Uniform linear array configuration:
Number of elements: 8
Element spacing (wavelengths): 1
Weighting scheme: binomial
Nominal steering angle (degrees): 15
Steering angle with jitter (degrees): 13.574
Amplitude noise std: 0.05
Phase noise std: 0.05

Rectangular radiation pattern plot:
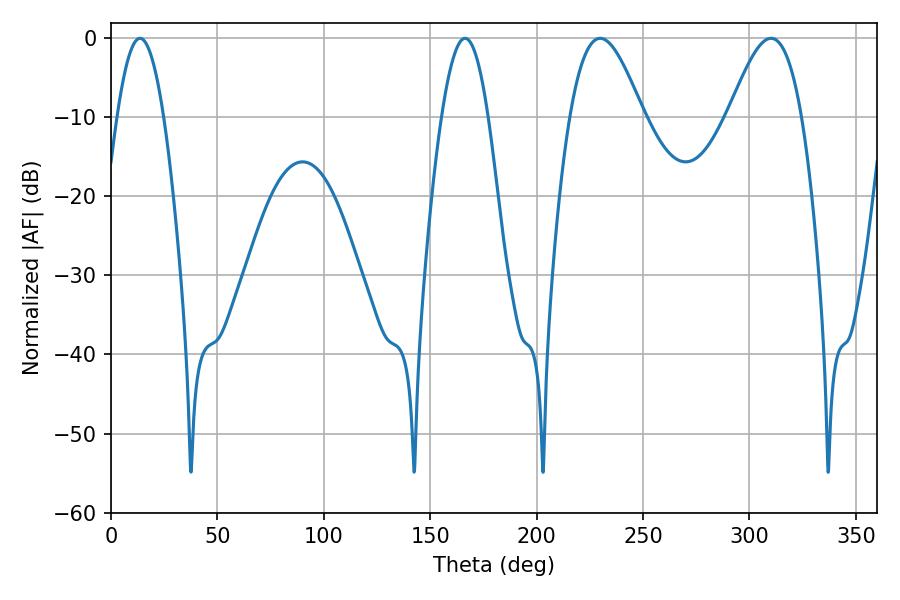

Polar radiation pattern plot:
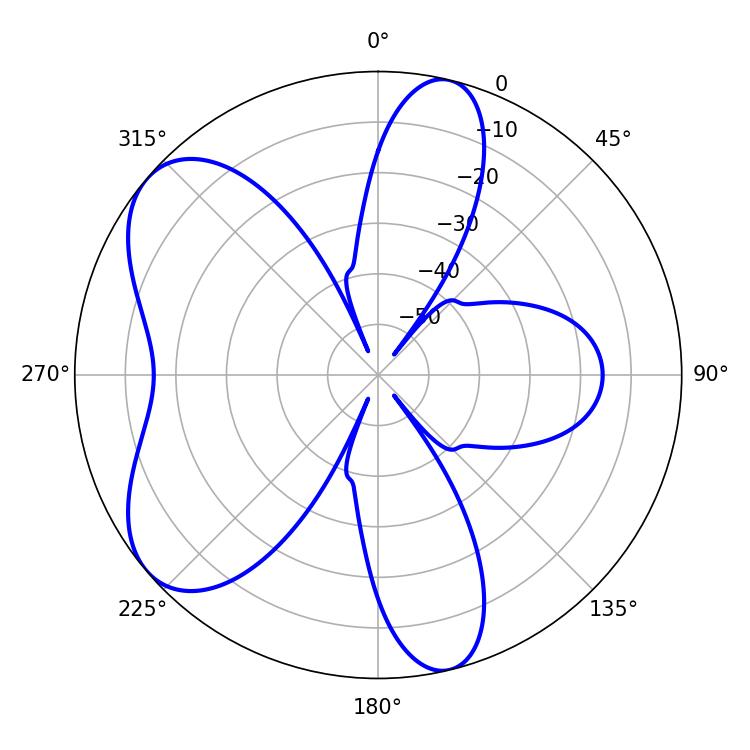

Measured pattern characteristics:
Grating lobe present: TRUE
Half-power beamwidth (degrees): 18.54
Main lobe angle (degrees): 229.86